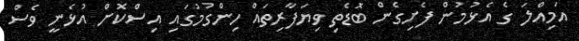
އަމިއްލަ ގެ އެޅުމުން ފެށިގެން ބޮޑެތި ވިޔަފާރިތައް ހިންގުމުގައި އިސްކޮށް އުޅެނީ ވެސް